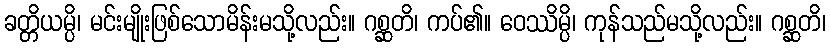
ခတ္တိယမ္ပိ၊ မင်းမျိုးဖြစ်သောမိန်းမသို့လည်း။ ဂစ္ဆတိ၊ ကပ်၏။ ဝေဿိမ္ပိ၊ ကုန်သည်မသို့လည်း။ ဂစ္ဆတိ၊